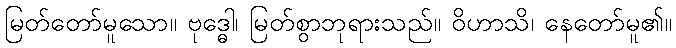
မြတ်တော်မူသော။ ဗုဒ္ဓေါ၊ မြတ်စွာဘုရားသည်။ ဝိဟာသိ၊ နေတော်မူ၏။